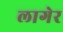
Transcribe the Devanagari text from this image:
लागेर